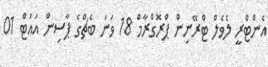
އެންޓްރީ ލެވެލް ޓްރޭނިން ޕްރޮގްރާމް 18 ވަނަ ބެޗްގެ ޕާސިން އައުޓް 01